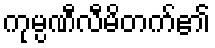
ကုမ္ပဏီလီမိတက်၏